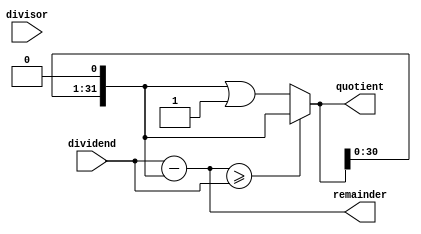
module Pipelined_Divider (
    input wire [31:0] dividend,
    input wire [31:0] divisor,
    output reg [31:0] quotient,
    output reg [31:0] remainder
);

reg [31:0] intermediate_result1;
reg [31:0] intermediate_result2;

always @(*) begin
    intermediate_result1 = dividend - (intermediate_result2 << 1);
    intermediate_result2 = intermediate_result1 >= dividend ? intermediate_result2 << 1 : (intermediate_result2 << 1) | 1;
end

always @(*) begin
    quotient = intermediate_result2;
    remainder = intermediate_result1;
end

endmodule